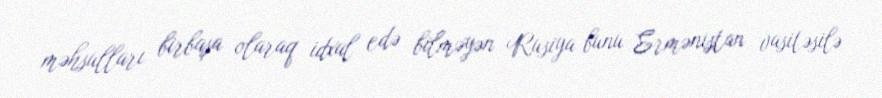
məhsulları birbaşa olaraq idxal edə bilməyən Rusiya bunu Ermənistan vasitəsilə